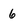
Character: 6